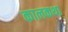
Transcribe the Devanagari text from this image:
कालकथा